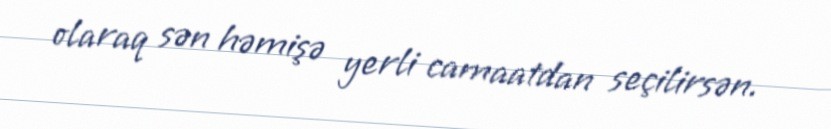
olaraq sən həmişə yerli camaatdan seçilirsən.